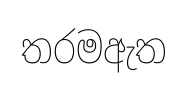
තරමඇත